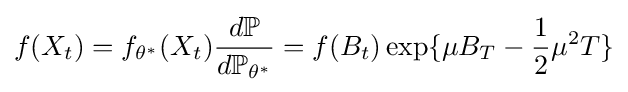
f(X_{t})=f_{\theta ^{*}}(X_{t}){\frac {d\mathbb {P} }{d\mathbb {P} _{\theta ^{*}}}}=f(B_{t})\exp\{\mu B_{T}-{\frac {1}{2}}\mu ^{2}T\}